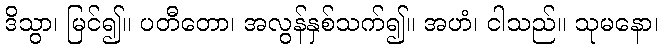
ဒိသွာ၊ မြင်၍။ ပတီတော၊ အလွန်နှစ်သက်၍။ အဟံ၊ ငါသည်။ သုမနော၊